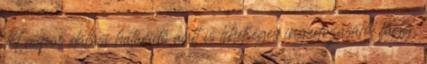
14 napos elállási határidő alatt is lehetséges ingadozásától függ.